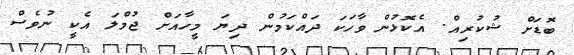
ބޮޑަށް ޝުކުރިއް. އެކޮޅުން ވާހަކަ ދައްކަމުން ދިޔަ މީހާއަށް ޖުމްލަ އެކީ ނުވެސް